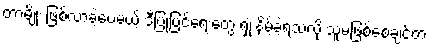
တာမျိုး ဖြစ်လာခဲ့ပေမယ့် ဒီပြုပြင်ရေးတွေ ရှုံးနိမ့်ခဲ့ရသလို သူမဖြစ်စေချင်တဲ့